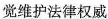
觉维护法律权威